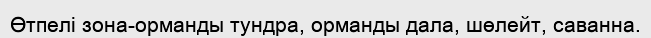
Өтпелі зона-орманды тундра, орманды дала, шөлейт, саванна.